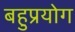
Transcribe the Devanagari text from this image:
बहुप्रयोग